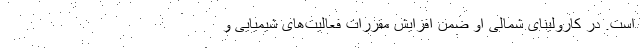
است. در کارولینای شمالی او ضمن افزایش مقررات فعالیت‌های شیمیایی و